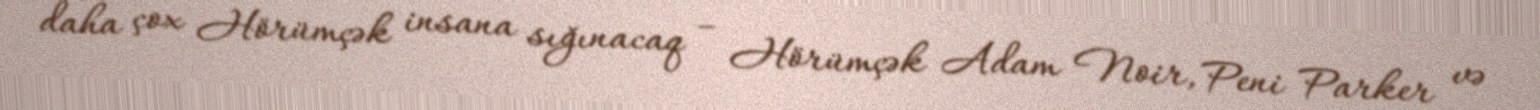
daha çox Hörümçək insana sığınacaq – Hörümçək Adam Noir, Peni Parker və